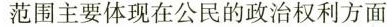
范围主要体现在公民的政治权利方面